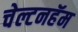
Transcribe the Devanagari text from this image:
चेल्टनहॅम